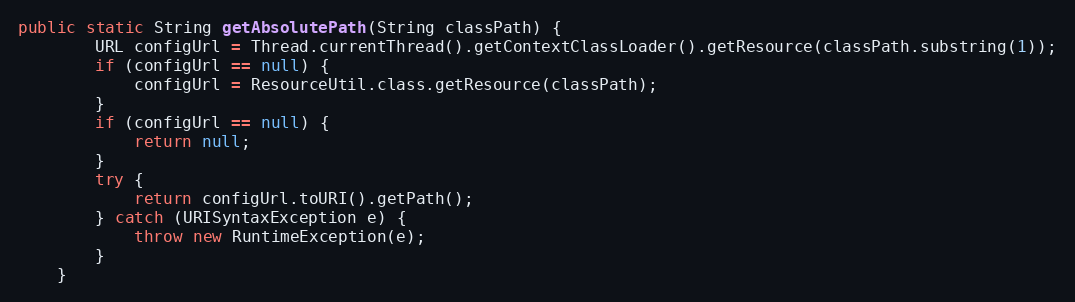
Language: Java
public static String getAbsolutePath(String classPath) {
        URL configUrl = Thread.currentThread().getContextClassLoader().getResource(classPath.substring(1));
        if (configUrl == null) {
            configUrl = ResourceUtil.class.getResource(classPath);
        }
        if (configUrl == null) {
            return null;
        }
        try {
            return configUrl.toURI().getPath();
        } catch (URISyntaxException e) {
            throw new RuntimeException(e);
        }
    }